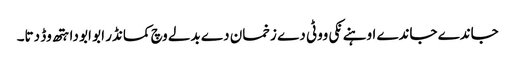
جاندے جاندے اوہنے نکی ووٹی دے زخمان دے بدلے وچ کمانڈر ابو ابو دا ہتھ وڈ دتا۔